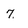
Character: 7